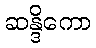
ဆန္ဒိကော